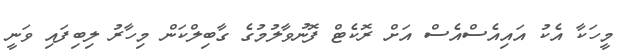
މީހަކާ އެކު އައިއެސްއެސް އަށް ރޮކެޓް ފޮނުވާލުުމުގެ ގާބިލްކަން މިހާރު ލިބިފައި ވަނީ